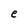
Character: e